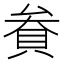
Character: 貵